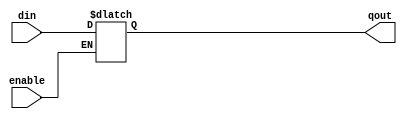
module d_latch(qout,din,enable);
  output qout;
  input din,enable;

  reg qout;

  always@(enable) begin
  if(enable ==1) qout = din;
  end

  endmodule